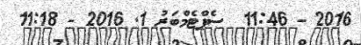
2016 - 11:46  ސެޕްޓެމްބަރު 1